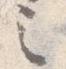
之